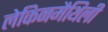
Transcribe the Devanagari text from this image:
लेकिनमैथिली